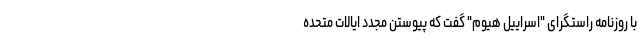
با روزنامه راستگرای "اسراییل هیوم" گفت که پیوستن مجدد ایالات متحده